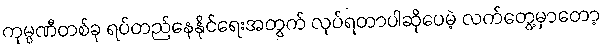
ကုမ္ပဏီတစ်ခု ရပ်တည်နေနိုင်ရေးအတွက် လုပ်ရတာပါဆိုပေမဲ့ လက်တွေ့မှာတော့